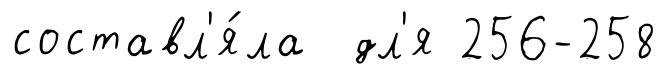
составл'я́ла дл'я 256-258